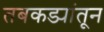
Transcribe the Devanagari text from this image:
तबकड्यांतून